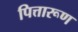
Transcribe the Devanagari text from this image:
पित्तारूण